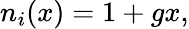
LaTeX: \begin{array}{r}{n_{i}(x)=1+gx,}\end{array}